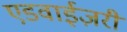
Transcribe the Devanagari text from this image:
एडवाईज़री